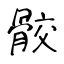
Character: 骹